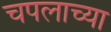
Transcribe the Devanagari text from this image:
चपलाच्या